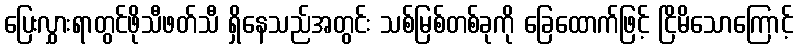
ပြေးလွှားရာတွင်ဖိုသီဖတ်သီ ရှိနေသည်အတွင်း သစ်မြစ်တစ်ခုကို ခြေထောက်ဖြင့် ငြိမိသောကြောင့်